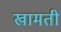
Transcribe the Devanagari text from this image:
खामती